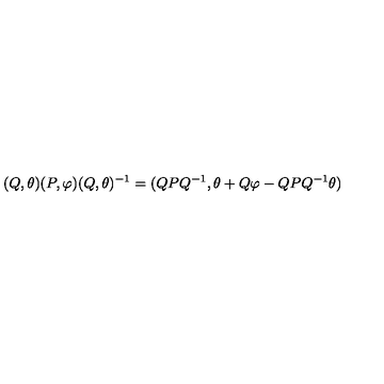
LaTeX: ( Q , \theta ) ( P , \varphi ) ( Q , \theta ) ^ { - 1 } = ( Q P Q ^ { - 1 } , \theta + Q \varphi - Q P Q ^ { - 1 } \theta )